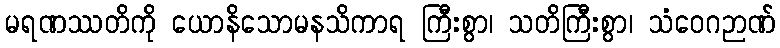
မရဏဿတိကို ယောနိသောမနသိကာရ ကြီးစွာ၊ သတိကြီးစွာ၊ သံဝေဂဉာဏ်